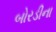
બોરડીના